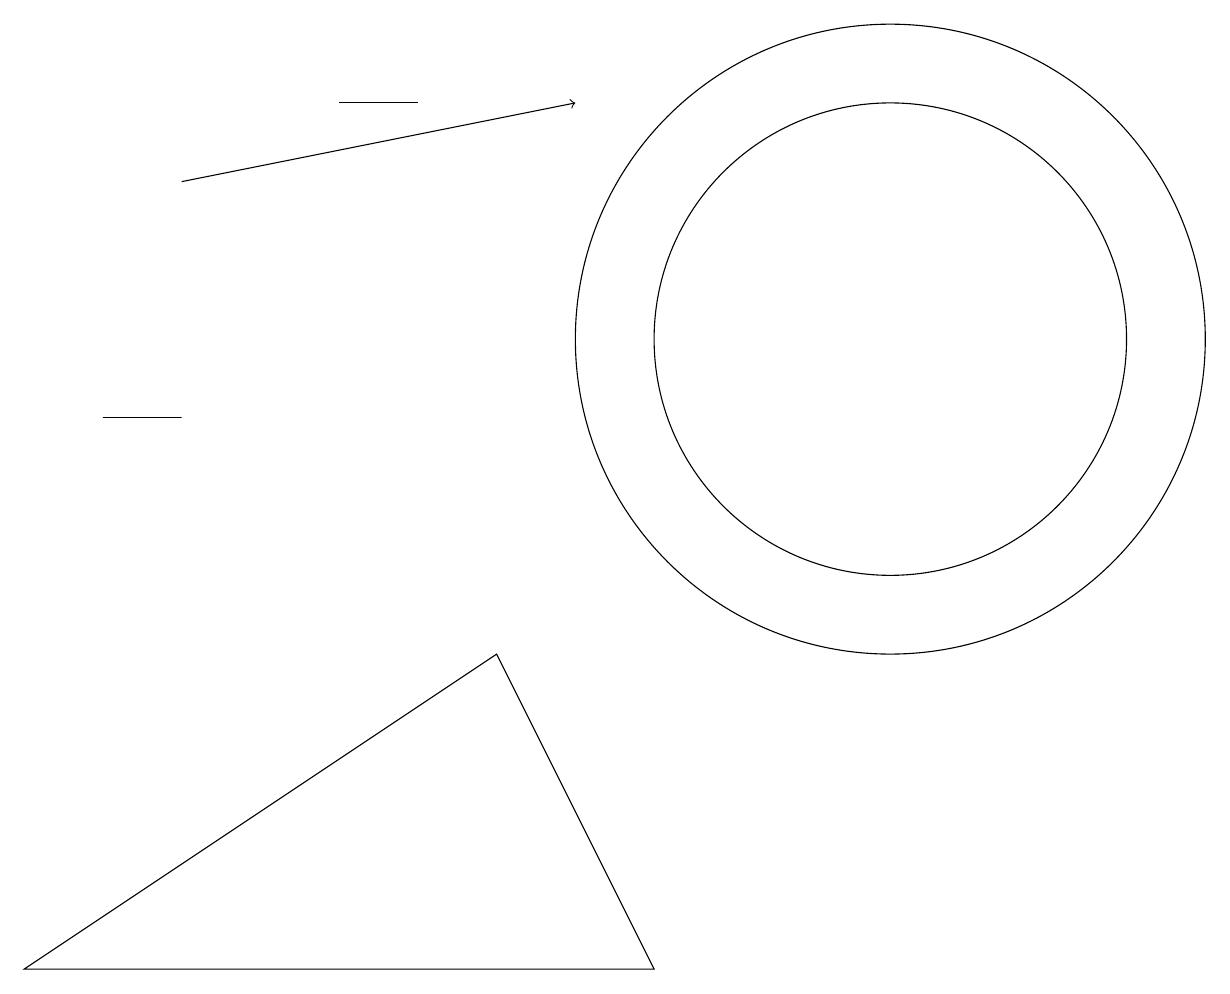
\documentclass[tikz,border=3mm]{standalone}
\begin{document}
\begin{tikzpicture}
\draw (2,10) rectangle (1,10);
\draw (11,11) circle (3);
\draw (11,11) circle (4);
\draw (4,14) rectangle (5,14);
\draw[->] (2,13) -- (7,14);
\draw (0,3) -- (6,7) -- (8,3) -- cycle;
\draw (10,11) circle (0);
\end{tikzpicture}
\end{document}